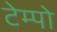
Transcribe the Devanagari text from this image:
टेम्‍पो